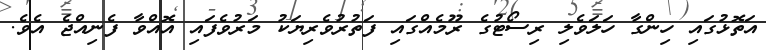
އަތޮޅުގައި ހިންގާ ހަލަވެލި ރިސޯޓުގެ ރޫމެއްގައި ފަތުރުވެރިޔަކު މަރުވެފައި އޮއްވާ ފެނިއްޖެ އެވެ.